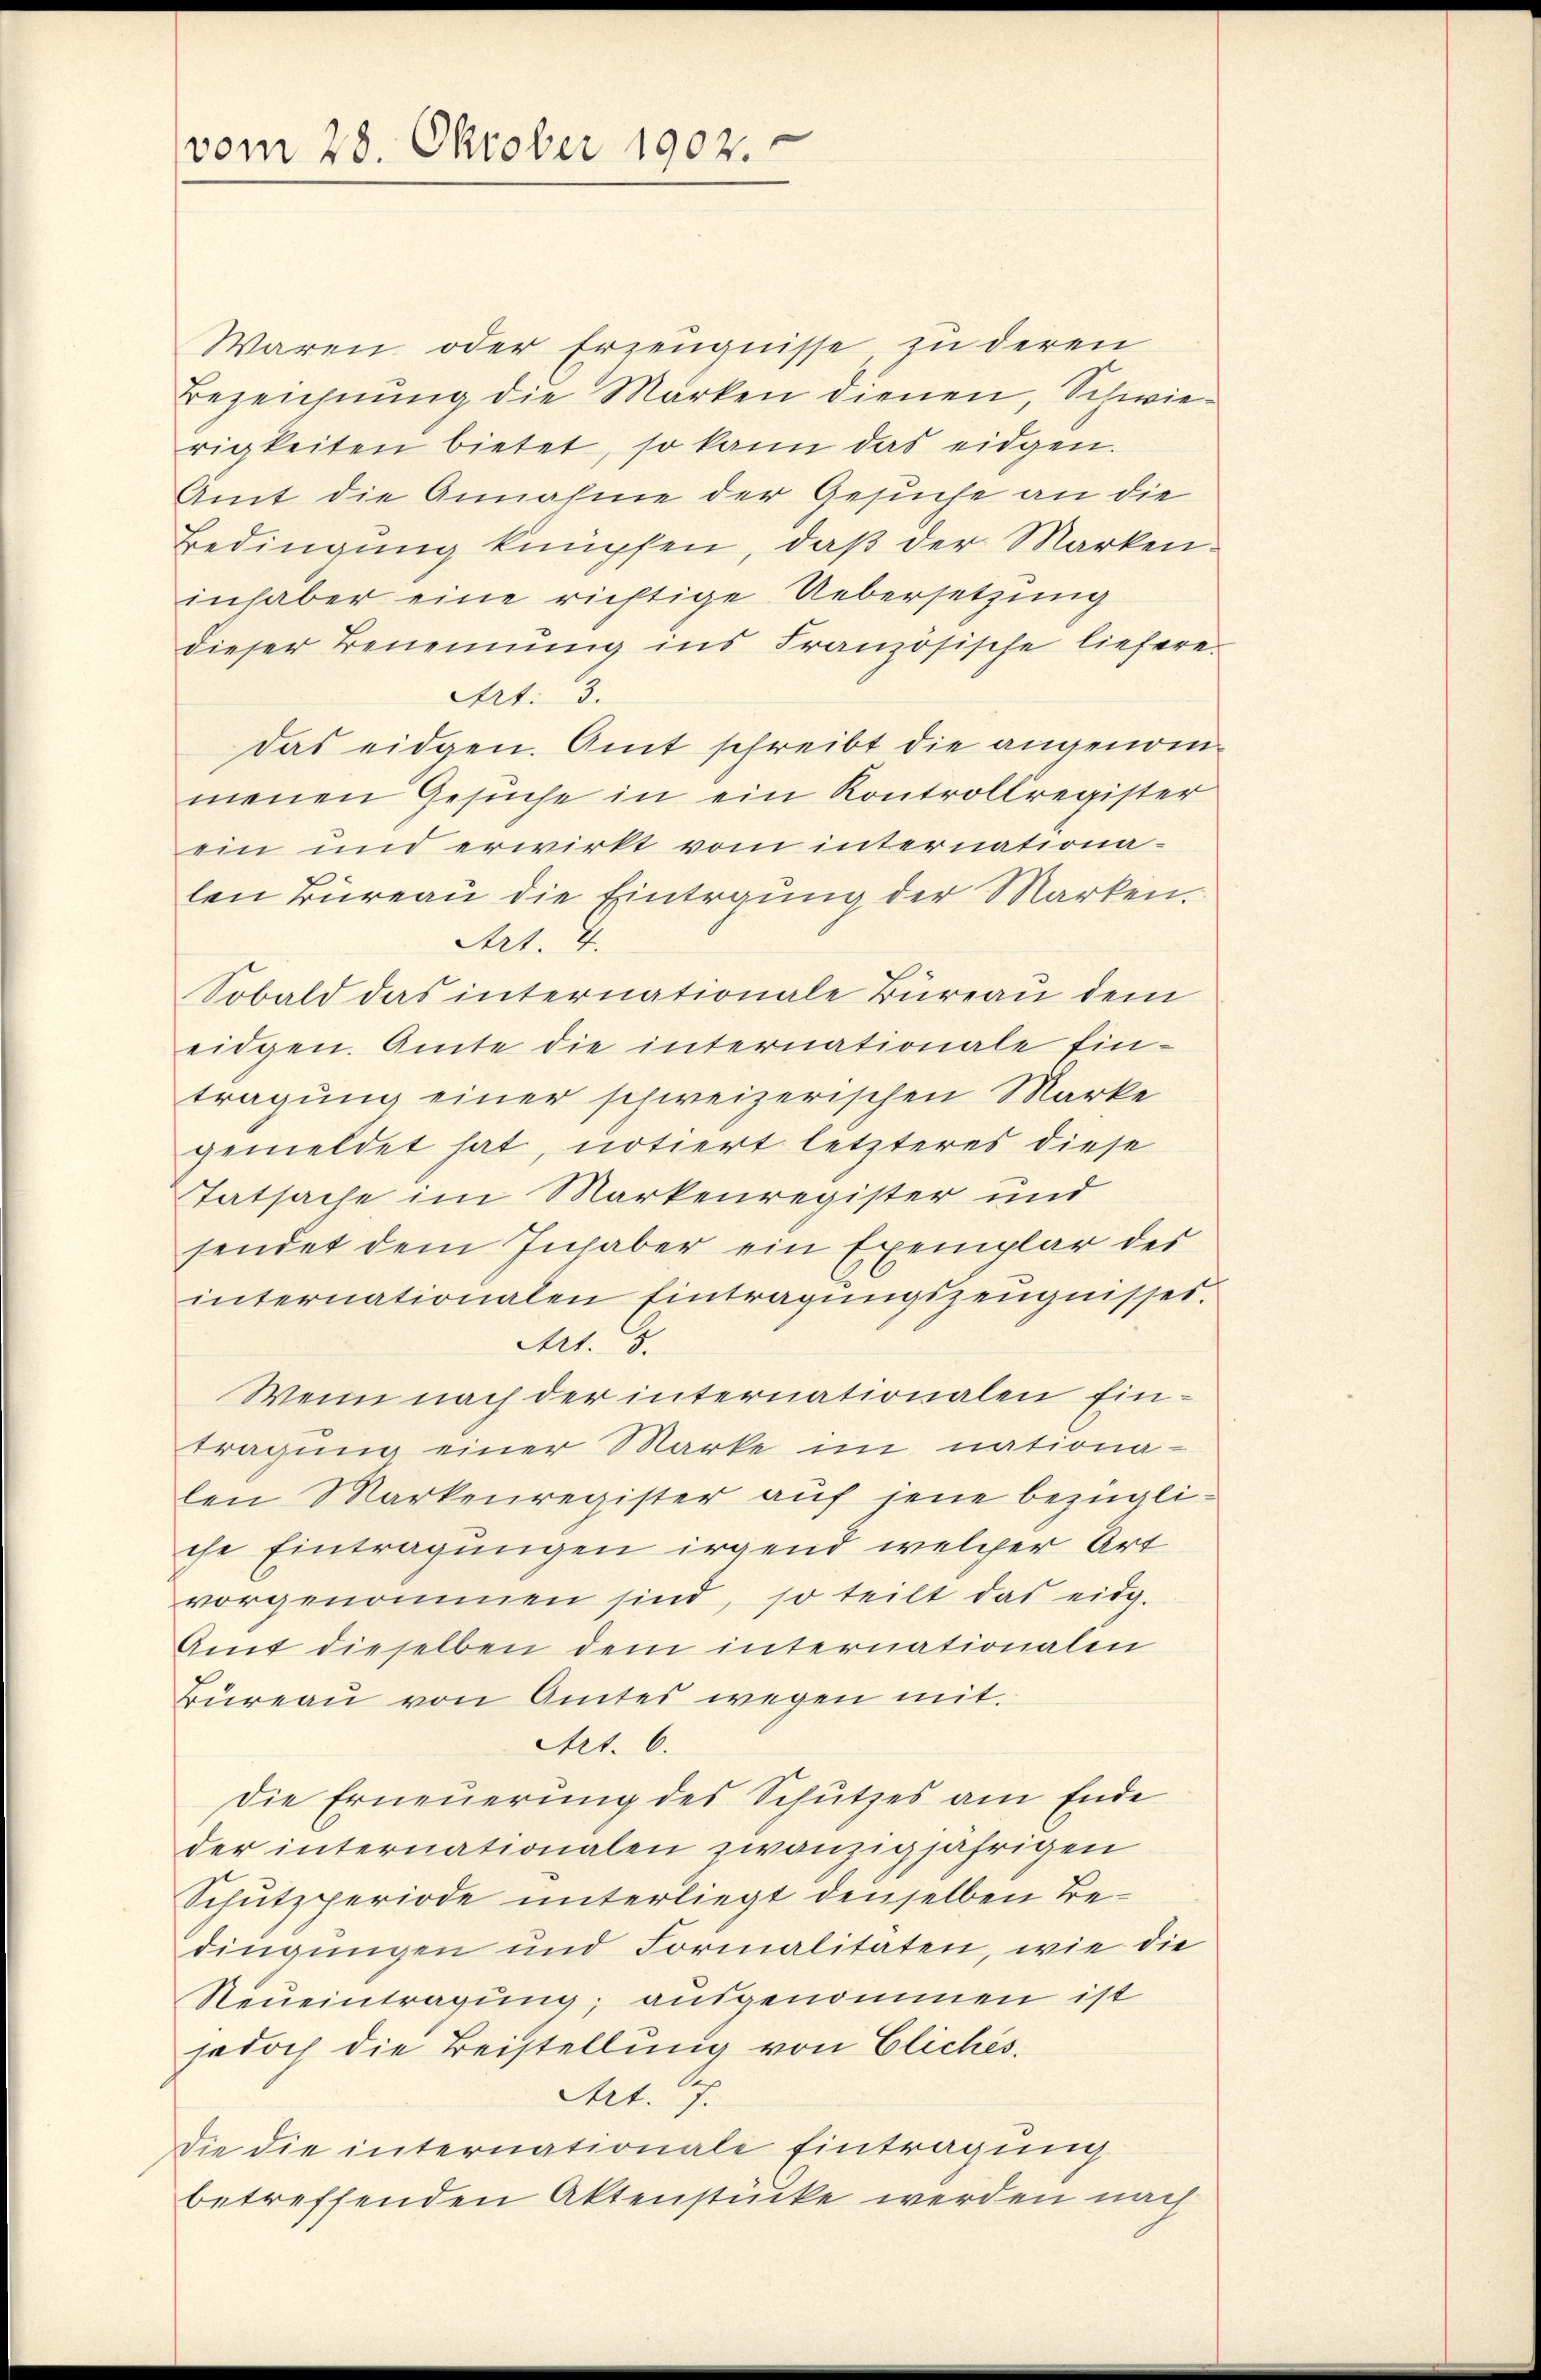
vom 28. Oktober 1902.

Waren oder Erzeugnisse, zu deren
Bezeichnung die Marken dienen, Schwierigkeiten bietet, so kann das eidgen.
Amt die Annahme der Gesuche an die
Bedingung knüpfen, daß der Markeninhaber eine richtige Uebersetzung
dieser Benennung ins Französische liefere.
Art: 3.
das eidgen. Amt schreibt die angenom
menen Gesuche in ein Kontrollregister
ein und erwirkt vom internationalen Büreau die Eintrgung der Marken
Art. 4.
Sobald das internationale Büreau dem
eidgen. Amte die internationale Ein-
tragung einer schweizerischen Marke
gemeldet hat, notiert letzteres diese
Tatsache im Markenregister und
sendet dem Inhaber ein Exemplar der
internationalen Eintragungszeugnisses.
Art. 5.
Wenn nach der internationalen Eintragung einer Marke im nationalen Markenregister auf jene bezügliche Eintragungen irgend welcher Art
vorgenommen sind, so teilt das eidg.
Amt dieselben dem internationalen
Büreau von Amtes wegen mit.
Art. 6.
die Erneuerung des Schutzes am Ende
der internationalen zwanzigjährigen
Schutzperiode unterliegt denselben Bedingungen und Formalitäten, wie die
Neueintragung; ausgenommen ist
jedoch die Beistellung von Eliches.
Art. 7.
Die die internationale Eintragung
betreffenden Aktenstücke werden nach